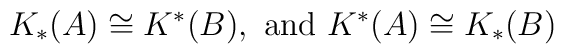
K_{*}(A) \cong K^{*}(B) ,\ \hbox{and} \ K^{*}(A) \cong K_{*}(B)